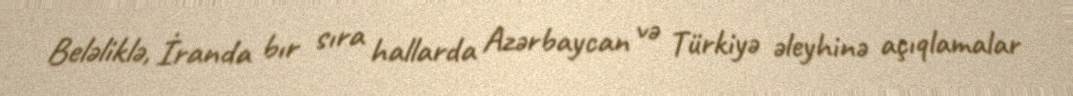
Beləliklə, İranda bır sıra hallarda Azərbaycan və Türkiyə əleyhinə açıqlamalar